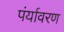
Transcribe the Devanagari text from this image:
पंर्यावरण